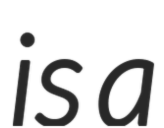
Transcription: is a